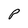
Character: P